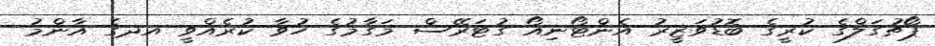
ޕޯޗުގަލްގެ ކުރީގެ ބޮޑުވަޒީރު އެންޓޯނިއޯ ގުޓަރޭސް މަގާމުގެ ހުވާ ކުރެއްވީ އދގެ އާންމު